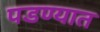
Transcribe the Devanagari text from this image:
पडण्यात